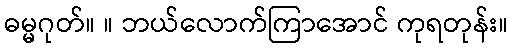
ဓမ္မဂုတ်။ ။ ဘယ်လောက်ကြာအောင် ကုရတုန်း။